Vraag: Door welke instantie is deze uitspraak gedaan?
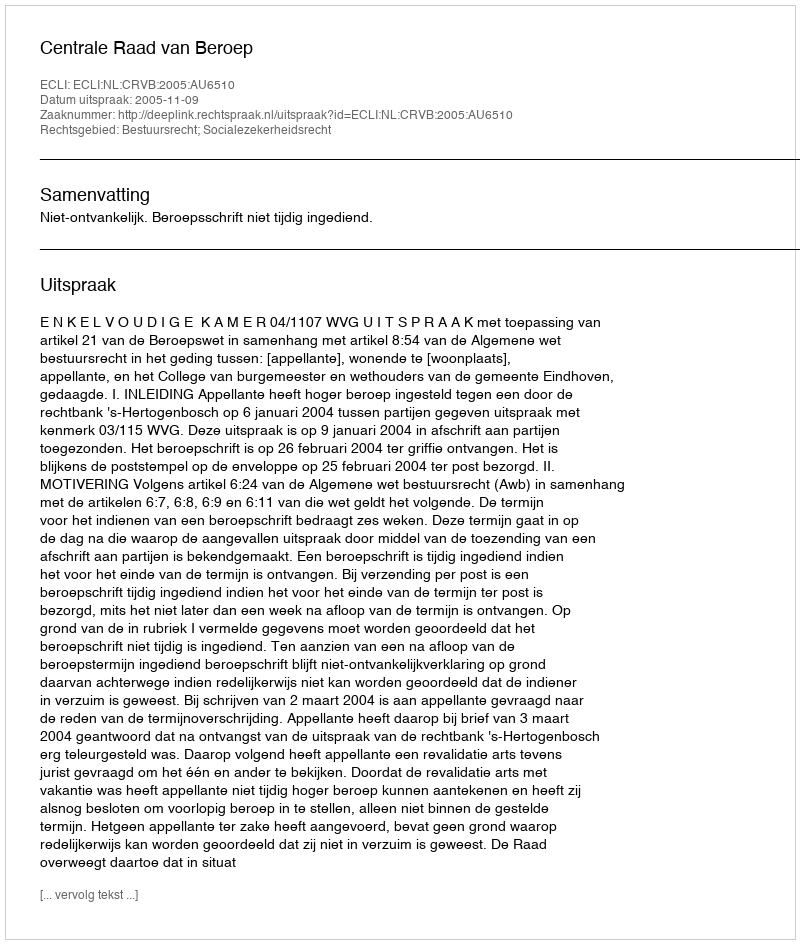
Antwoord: Centrale Raad van Beroep